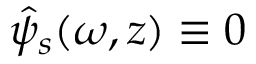
\hat { \psi } _ { s } ( \omega , z ) \equiv 0